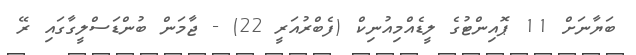
ބަޔާނަށް 11 ޕޮއިންޓުގެ ލީޑެއްމިއުނިކް (ފެބްރުއަރީ 22) - ޖާމަން ބުންޑަސްލީގާގައި ރޭ